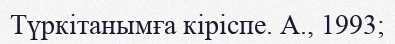
Түркітанымға кіріспе. А., 1993;